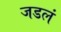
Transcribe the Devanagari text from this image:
जडलं